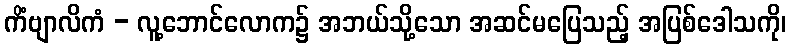
ကိံဗျာလိကံ - လူ့ဘောင်လောက၌ အဘယ်သို့သော အဆင်မပြေသည့် အပြစ်ဒေါသကို၊